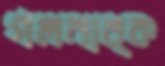
গলনাঙ্ক